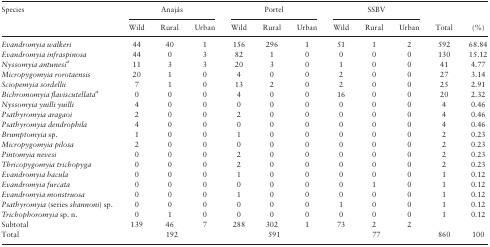
<table><thead><tr><td rowspan="2"><b>Species</b></td><td colspan="3"><b>Anajás</b></td><td colspan="3"><b>Portel</b></td><td colspan="3"><b>SSBV</b></td><td><b> </b></td><td><b> </b></td></tr><tr><td><b>Wild</b></td><td><b>Rural</b></td><td><b>Urban</b></td><td><b>Wild</b></td><td><b>Rural</b></td><td><b>Urban</b></td><td><b>Wild</b></td><td><b>Rural</b></td><td><b>Urban</b></td><td><b>Total</b></td><td><b>(%)</b></td></tr></thead><tbody><tr><td><i>Evandromyia walkeri</i></td><td>44</td><td>40</td><td>1</td><td>156</td><td>296</td><td>1</td><td>51</td><td>1</td><td>2</td><td>592</td><td>68.84</td></tr><tr><td><i>Evandromyia infraspinosa</i></td><td>44</td><td>0</td><td>3</td><td>82</td><td>1</td><td>0</td><td>0</td><td>0</td><td>0</td><td>130</td><td>15.12</td></tr><tr><td><i>Nyssomyia antunesi<sup>a</sup></i></td><td>11</td><td>3</td><td>3</td><td>20</td><td>3</td><td>0</td><td>1</td><td>0</td><td>0</td><td>41</td><td>4.77</td></tr><tr><td><i>Micropygomyia rorotaensis</i></td><td>20</td><td>1</td><td>0</td><td>4</td><td>0</td><td>0</td><td>2</td><td>0</td><td>0</td><td>27</td><td>3.14</td></tr><tr><td><i>Sciopemyia sordellii</i></td><td>7</td><td>1</td><td>0</td><td>13</td><td>2</td><td>0</td><td>2</td><td>0</td><td>0</td><td>25</td><td>2.91</td></tr><tr><td><i>Bichromomyia flaviscutellata<sup>a</sup></i></td><td>0</td><td>0</td><td>0</td><td>4</td><td>0</td><td>0</td><td>16</td><td>0</td><td>0</td><td>20</td><td>2.32</td></tr><tr><td><i>Nyssomyia yuilli yuilli</i></td><td>4</td><td>0</td><td>0</td><td>0</td><td>0</td><td>0</td><td>0</td><td>0</td><td>0</td><td>4</td><td>0.46</td></tr><tr><td><i>Psathyromyia aragaoi</i></td><td>2</td><td>0</td><td>0</td><td>2</td><td>0</td><td>0</td><td>0</td><td>0</td><td>0</td><td>4</td><td>0.46</td></tr><tr><td><i>Psathyromyia dendrophila</i></td><td>4</td><td>0</td><td>0</td><td>0</td><td>0</td><td>0</td><td>0</td><td>0</td><td>0</td><td>4</td><td>0.46</td></tr><tr><td><i>Brumptomyia</i> sp.</td><td>1</td><td>0</td><td>0</td><td>1</td><td>0</td><td>0</td><td>0</td><td>0</td><td>0</td><td>2</td><td>0.23</td></tr><tr><td><i>Micropygomyia pilosa</i></td><td>2</td><td>0</td><td>0</td><td>0</td><td>0</td><td>0</td><td>0</td><td>0</td><td>0</td><td>2</td><td>0.23</td></tr><tr><td><i>Pintomyia nevesi</i></td><td>0</td><td>0</td><td>0</td><td>2</td><td>0</td><td>0</td><td>0</td><td>0</td><td>0</td><td>2</td><td>0.23</td></tr><tr><td><i>Thricopygomyia trichopyga</i></td><td>0</td><td>0</td><td>0</td><td>2</td><td>0</td><td>0</td><td>0</td><td>0</td><td>0</td><td>2</td><td>0.23</td></tr><tr><td><i>Evandromyia bacula</i></td><td>0</td><td>0</td><td>0</td><td>1</td><td>0</td><td>0</td><td>0</td><td>0</td><td>0</td><td>1</td><td>0.12</td></tr><tr><td><i>Evandromyia furcata</i></td><td>0</td><td>0</td><td>0</td><td>0</td><td>0</td><td>0</td><td>0</td><td>1</td><td>0</td><td>1</td><td>0.12</td></tr><tr><td><i>Evandromyia monstruosa</i></td><td>0</td><td>0</td><td>0</td><td>1</td><td>0</td><td>0</td><td>0</td><td>0</td><td>0</td><td>1</td><td>0.12</td></tr><tr><td><i>Psathyromyia</i> (series <i>shannoni</i>) sp.</td><td>0</td><td>0</td><td>0</td><td>0</td><td>0</td><td>0</td><td>1</td><td>0</td><td>0</td><td>1</td><td>0.12</td></tr><tr><td><i>Trichophoromyia</i> sp. n.</td><td>0</td><td>1</td><td>0</td><td>0</td><td>0</td><td>0</td><td>0</td><td>0</td><td>0</td><td>1</td><td>0.12</td></tr><tr><td>Subtotal</td><td>139</td><td>46</td><td>7</td><td>288</td><td>302</td><td>1</td><td>73</td><td>2</td><td>2</td><td> </td><td> </td></tr><tr><td>Total</td><td colspan="3">192</td><td colspan="3">591</td><td colspan="3">77</td><td>860</td><td>100</td></tr></tbody></table>